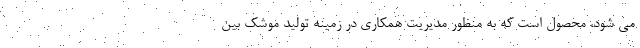
می شود، محصول است که به منظور مدیریت همکاری در زمینه تولید موشک بین